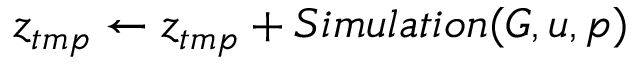
z _ { t m p } \gets z _ { t m p } + S i m u l a t i o n ( G , u , p )